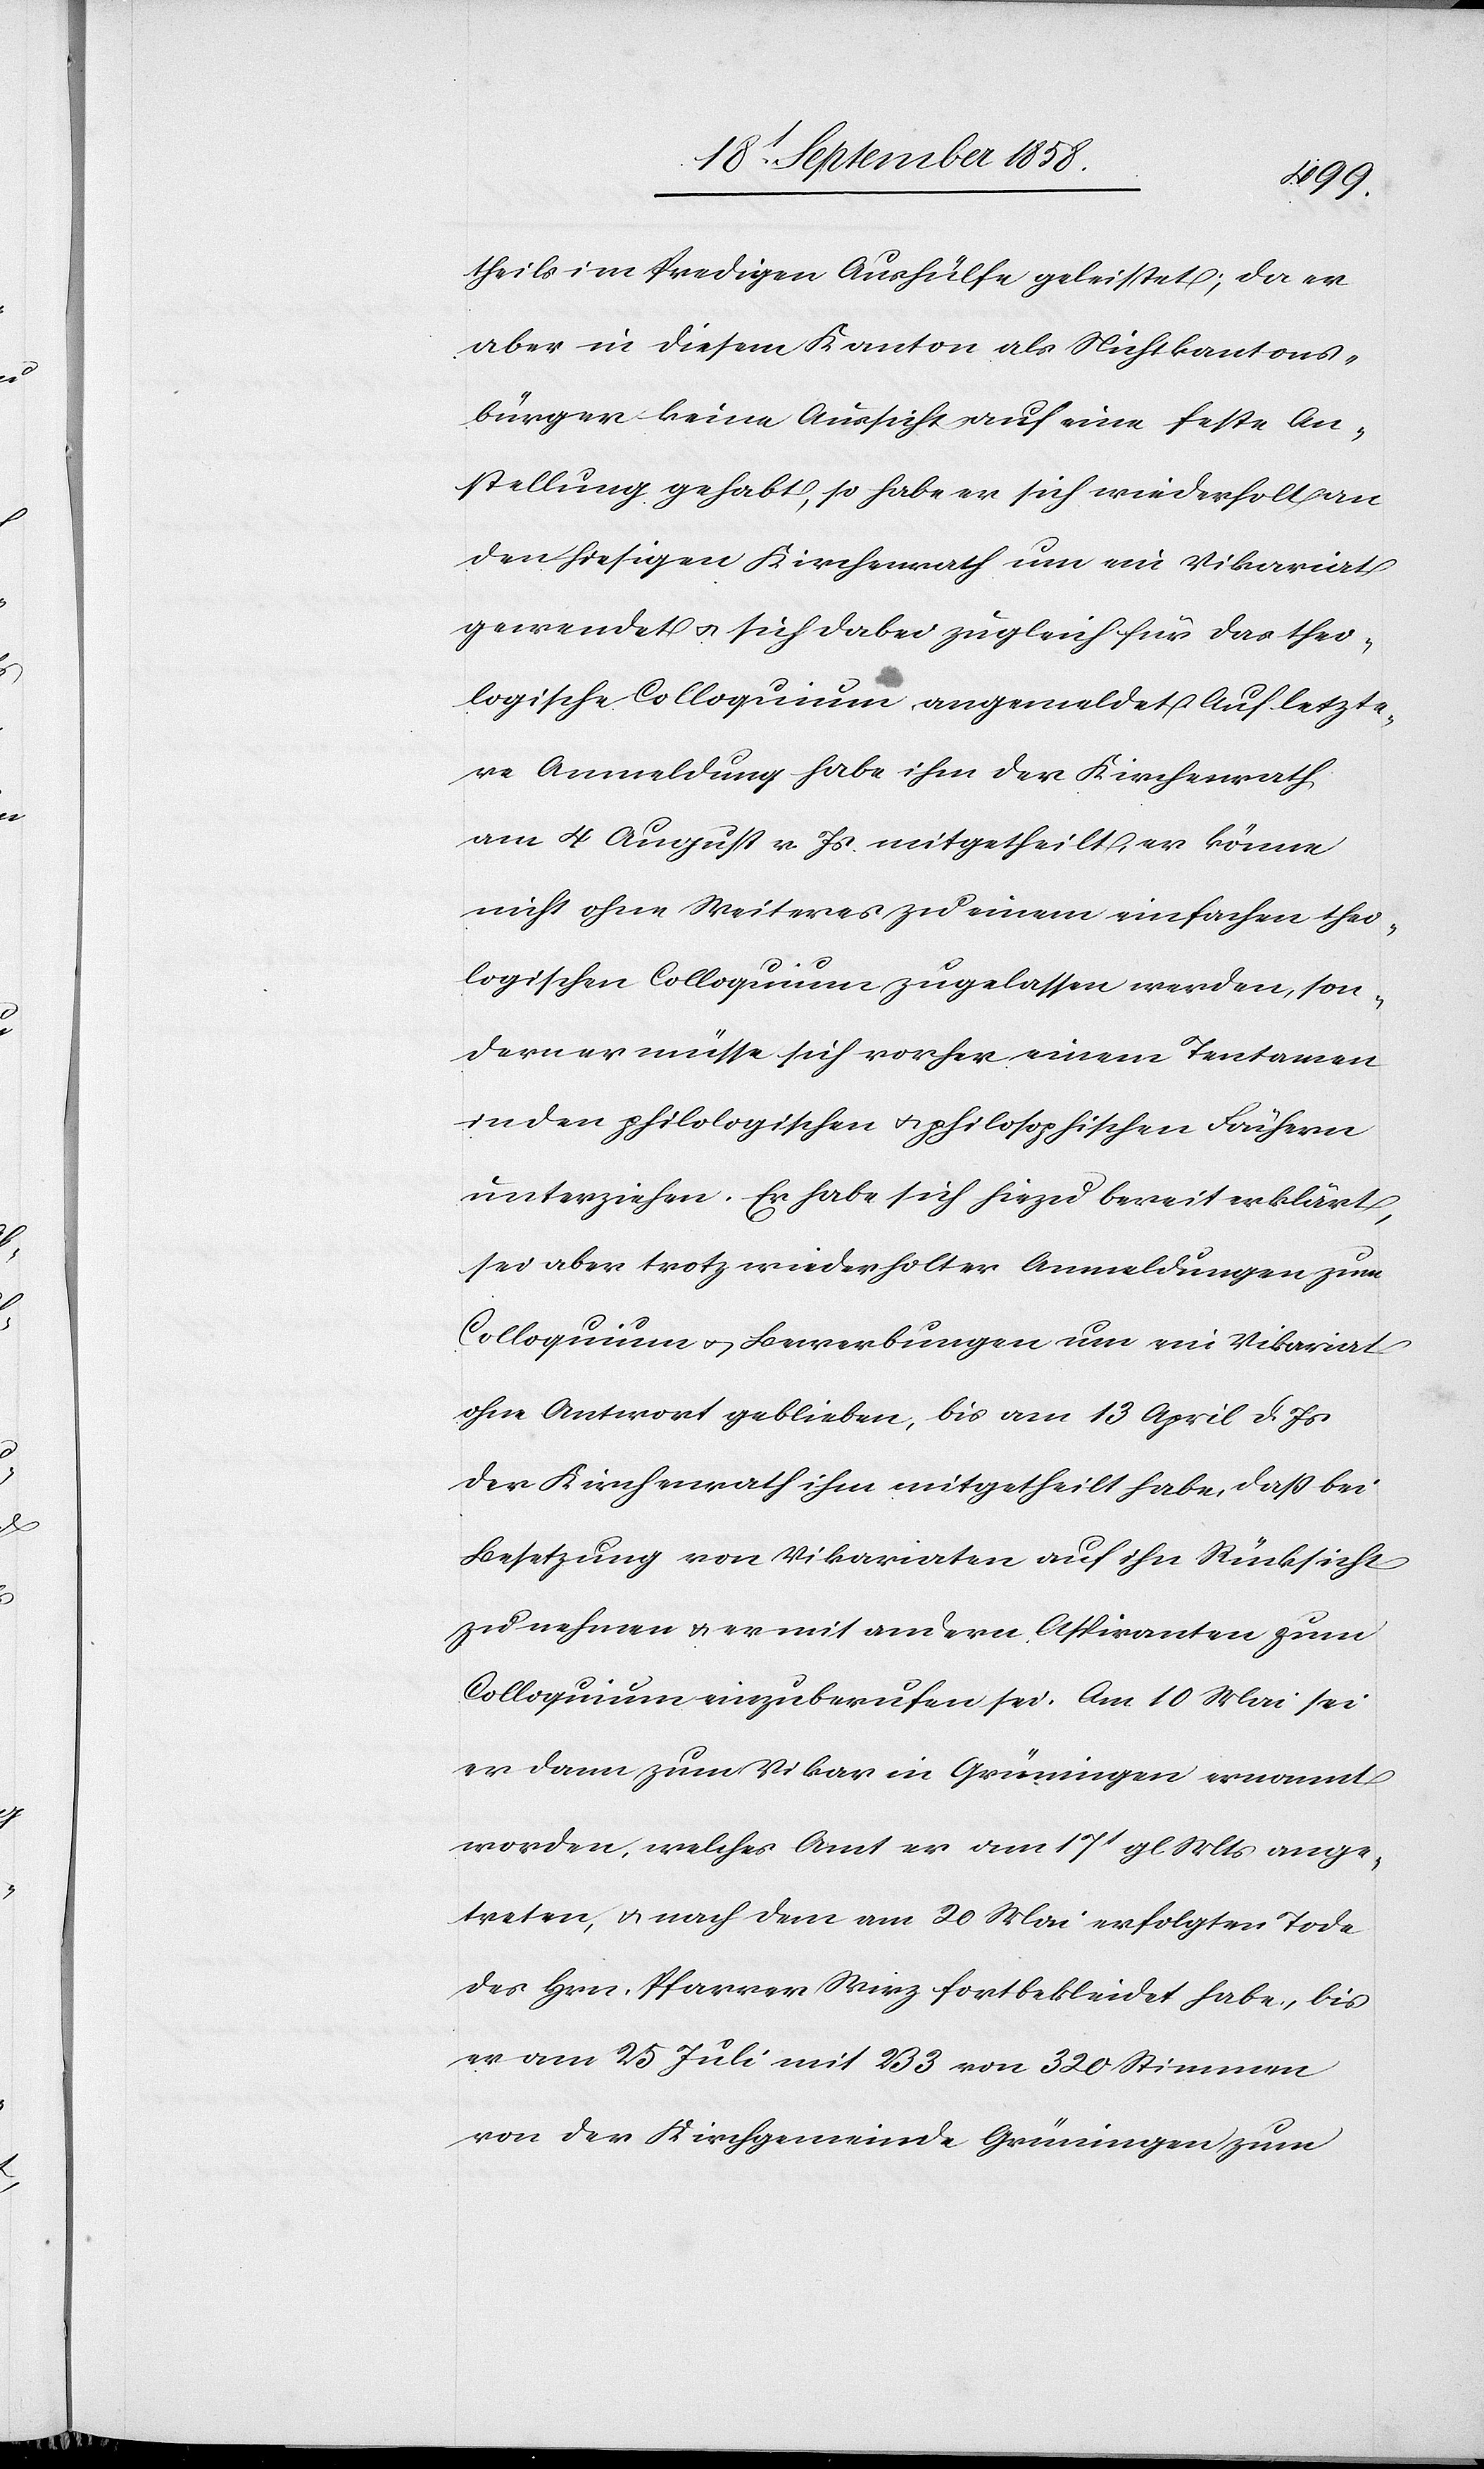
theils im Predigen Aushülfe geleistet; da er
aber in diesem Kanton als Nichtkantons¬
bürger keine Aussicht auf eine feste An¬
stellung gehabt, so habe er sich wiederholt an
den hiesigen Kirchenrath um ein Vikariat
gewendet & sich dabei zugleich für das theo¬
logische Colloquium angemeldet. Auf letzte¬
re Anmeldung habe ihm der Kirchenrath
am 4 August v. Js mitgetheilt, er könne
nicht ohne Weiteres zu einem einfachen theo¬
logischen Colloquium zugelassen werden, son¬
dern er müsse sich vorher einem Tentamen
in den philologischen & philosophischen Fächern
unterziehen. Er habe sich hiezu bereit erklärt,
sei aber trotz wiederholter Anmeldungen zum
Colloquium & Bewerbungen um ein Vikariat
ohne Antwort geblieben, bis am 13 April d. Js
der Kirchenrath ihm mitgetheilt habe, daß bei
Besetzung von Vikariaten auf ihn Rücksicht
zu nehmen & er mit andern Aspiranten zum
Colloquium einzuberufen sei. Am 10 Mai sei
er dann zum Vikar in Grüningen ernannt
worden, welches Amt er am 17t gl. Mts ange¬
treten, & nach dem am 20 Mai erfolgten Tode
des Hrn. Pfarrer Wirz fortbekleidet habe, bis
er am 25 Juli mit 233 von 320 Stimmen
von der Kirchgemeinde Grüningen zum